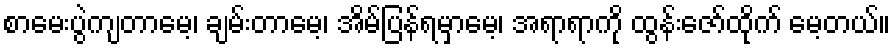
စာမေးပွဲကျတာမေ့၊ ချမ်းတာမေ့၊ အိမ်ပြန်ရမှာမေ့၊ အရာရာကို ထွန်းဇော်ထိုက် မေ့တယ်။